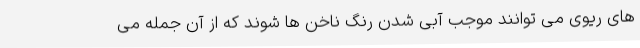
های ریوی می توانند موجب آبی شدن رنگ ناخن ها شوند که از آن جمله می